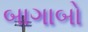
બાગાબો